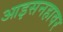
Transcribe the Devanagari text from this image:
आइसनहावर